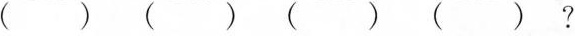
( ) ( ) ( ) ( ) ?